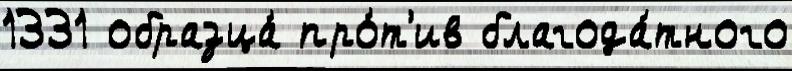
1331 образца́ про́т'ив благода́тного